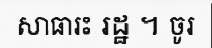
សាធារះ រដ្ឋ ។ ចូរ